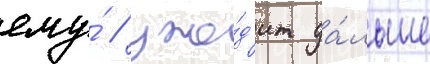
ему́ / ухо́д'ит да́льше